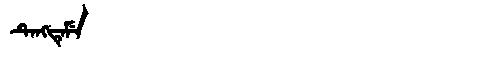
Manchu: ᡨᡝᠩᡨᡝᠮᡝ
Romanization: TENGTEME